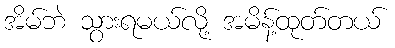
အိမ်ဘဲ သွားရမယ်လို့ အမိန့်ထုတ်တယ်